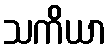
သကိယာ